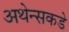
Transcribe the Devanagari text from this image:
अथेन्सकडे